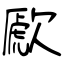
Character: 歋